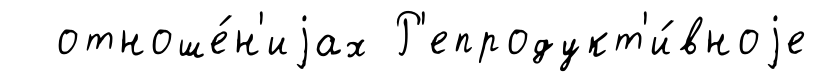
отноше́н'иjах Р'епродукт'и́вноjе